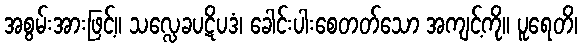
အစွမ်းအားဖြင့်။ သလ္လေခပဋိပဒံ၊ ခေါင်းပါးစေတတ်သော အကျင့်ကို။ ပူရေတိ၊